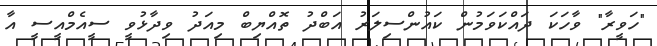
"ހަވީރާ" ވާހަކަ ދައްކަވަމުން ކައުންސިލަރު އަބްދު ތޮއްޔިބް މިއަދު ވިދާޅުވީ ސީއެމްއީސީ އާ